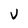
Character: v